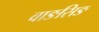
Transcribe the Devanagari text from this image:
वाङसिङ